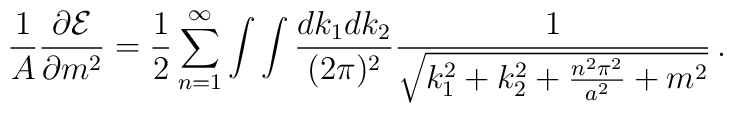
{1\over A}{\partial{\cal E}\over \partial m^2}={1\over2}\sum_{n=1}^{\infty}\int\int{dk_1dk_2\over (2\pi)^2}{1\over \sqrt{k_1^2+k_2^2 +{n^2\pi^2\over a^2} +m^2}}\,.